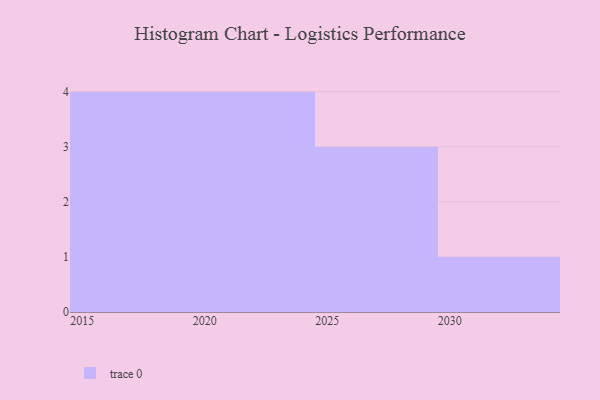
{"axis": {"x": "Year", "y": "Satisfaction Score"}, "legend": [""], "data": [{"x": "2022", "y": 34, "type": ""}, {"x": "2029", "y": 97, "type": ""}, {"x": "2026", "y": 6, "type": ""}, {"x": "2024", "y": 68, "type": ""}, {"x": "2019", "y": 4, "type": ""}, {"x": "2015", "y": 6, "type": ""}, {"x": "2018", "y": 34, "type": ""}, {"x": "2025", "y": 56, "type": ""}, {"x": "2030", "y": 5, "type": ""}, {"x": "2020", "y": 98, "type": ""}, {"x": "2017", "y": 37, "type": ""}, {"x": "2021", "y": 51, "type": ""}]}